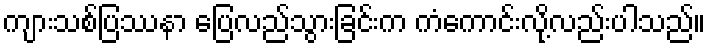
ကျားသစ်ပြဿနာ ပြေလည်သွားခြင်းက ကံကောင်းလို့လည်းပါသည်။